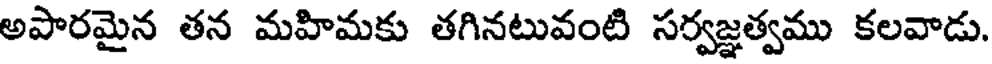
అపారమైన తన మహిమకు తగినటువంటి సర్వజ్ఞత్వము కలవాడు.